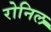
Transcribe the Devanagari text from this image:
रोनिल